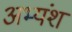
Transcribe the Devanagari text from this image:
अभ्यंश